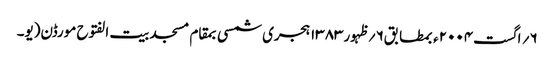
۶؍ اگست۲۰۰۴ء بمطابق۶؍ظہور۱۳۸۳ہجری شمسی بمقام مسجد بیت الفتوح مورڈن(یو۔